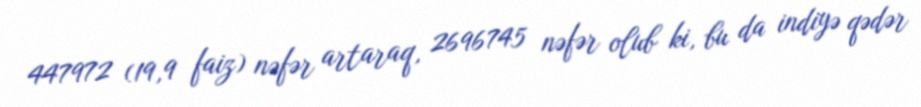
447972 (19,9 faiz) nəfər artaraq, 2696745 nəfər olub ki, bu da indiyə qədər